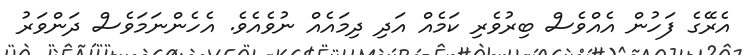
އެރޭގެ ފަހުން އެއްވެސް ބިރުވެރި ކަމެއް އަދި ދިމައެއް ނުވެއެވެ. އެހެންނަމަވެސް ދަންވަރު